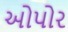
ઓપોર